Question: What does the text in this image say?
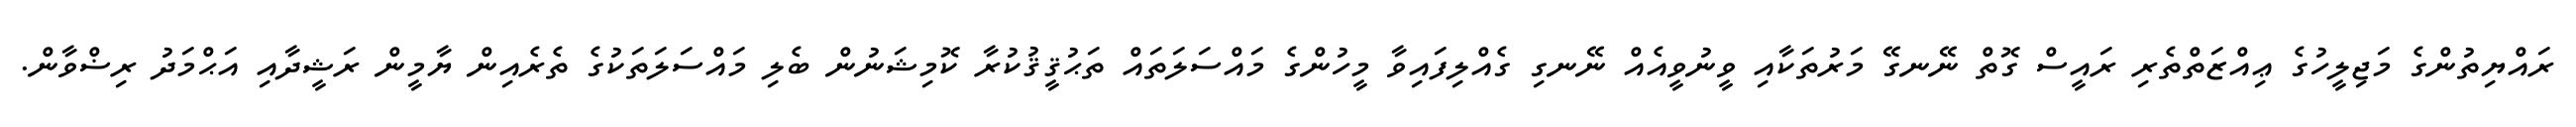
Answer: ރައްޔިތުންގެ މަޖިލީހުގެ ޢިއްޒަތްތެރި ރައީސް ގޮތް ނޭނގޭ މަރުތަކާއި ވީނުވީއެއް ނޭނގި ގެއްލިފައިވާ މީހުންގެ މައްސަލަތައް ތަޙުޤީޤުކުރާ ކޮމިޝަނުން ބެލި މައްސަލަތަކުގެ ތެރެއިން ޔާމީން ރަޝީދާއި އަޙްމަދު ރިޟްވާން.